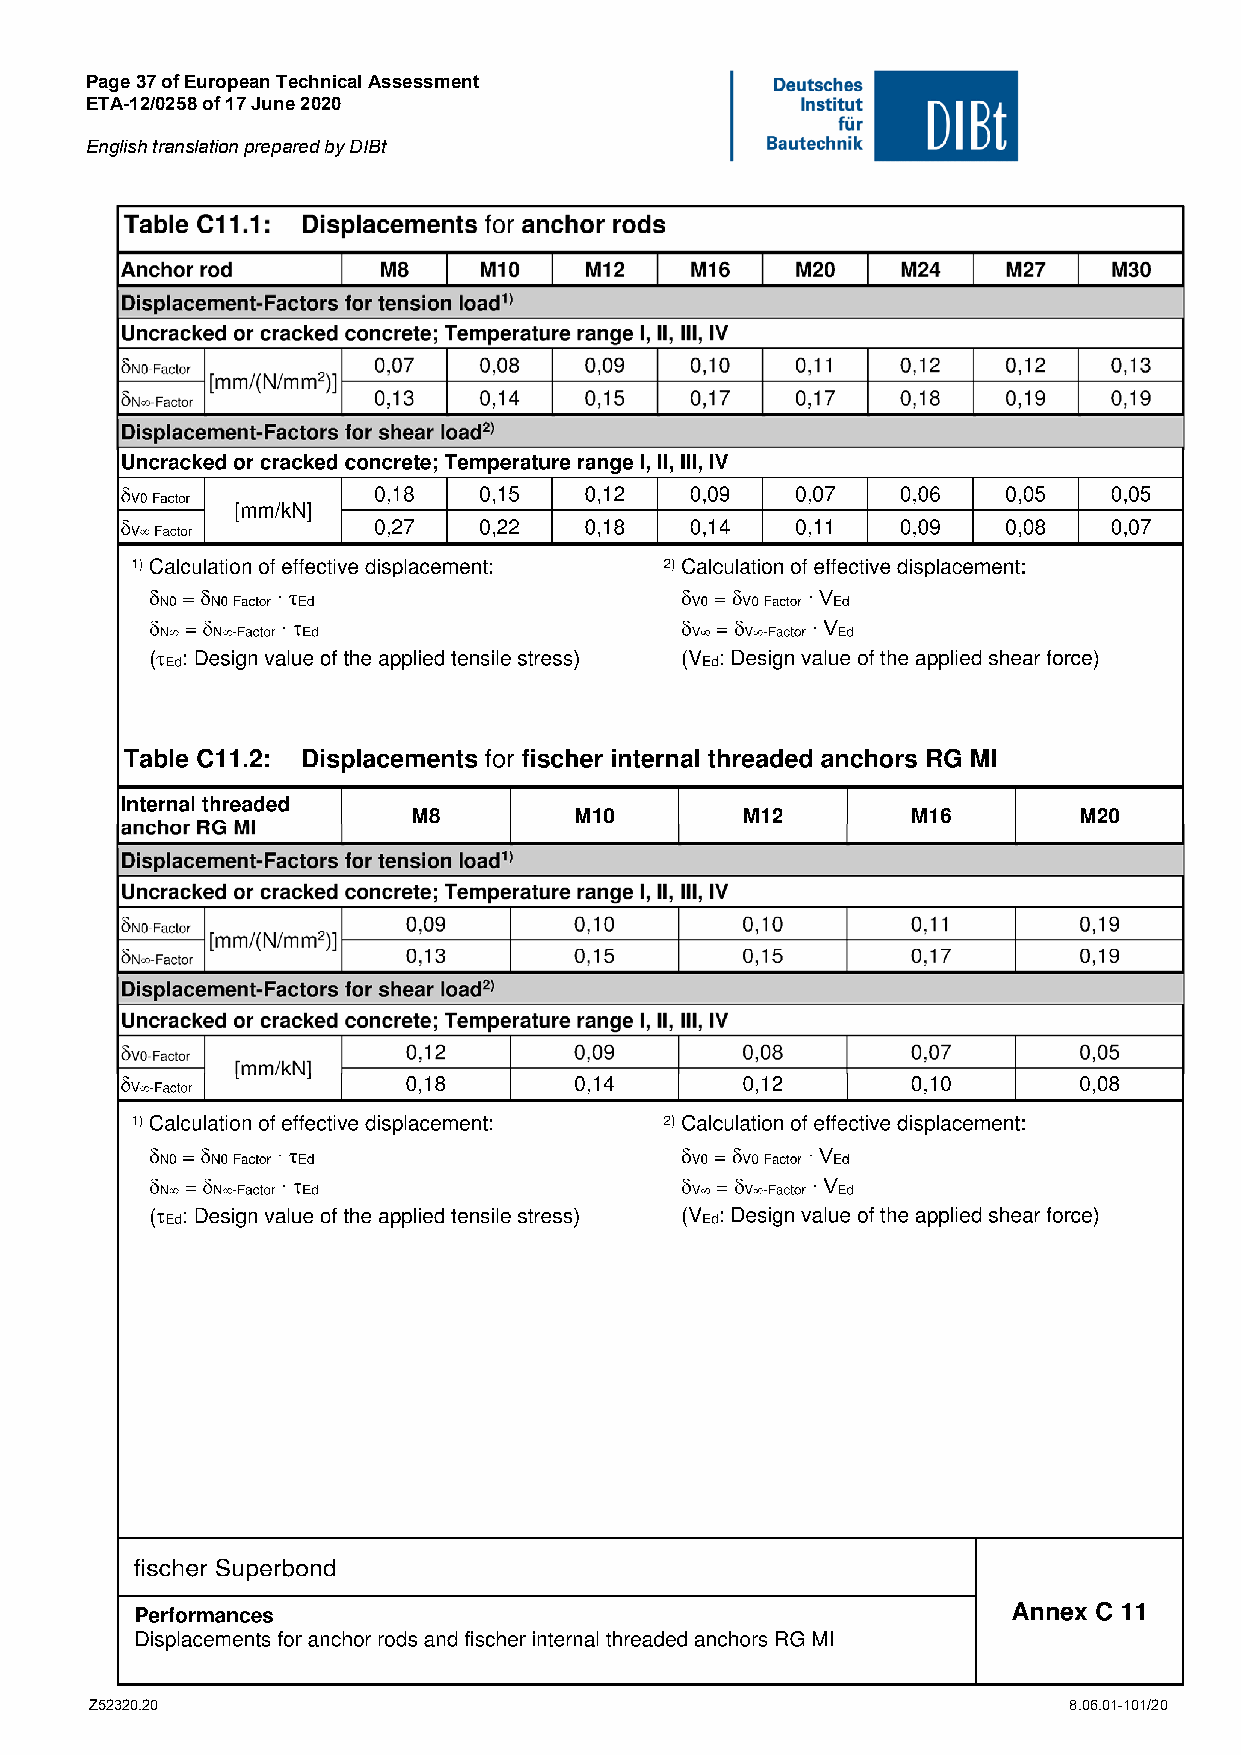
Page 37 of European Technical Assessment
 ETA-12/0258 of 17 June 2020
 English translation prepared by DIBt
 Z52320.20                                                        8.06.01-101/20